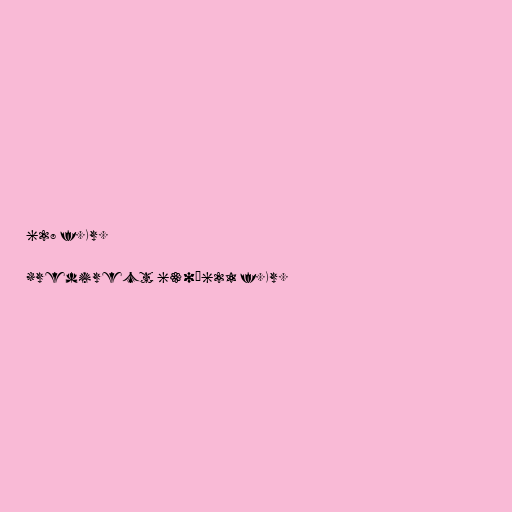
628 f.Kr.

#redirect 630–621 f.Kr.